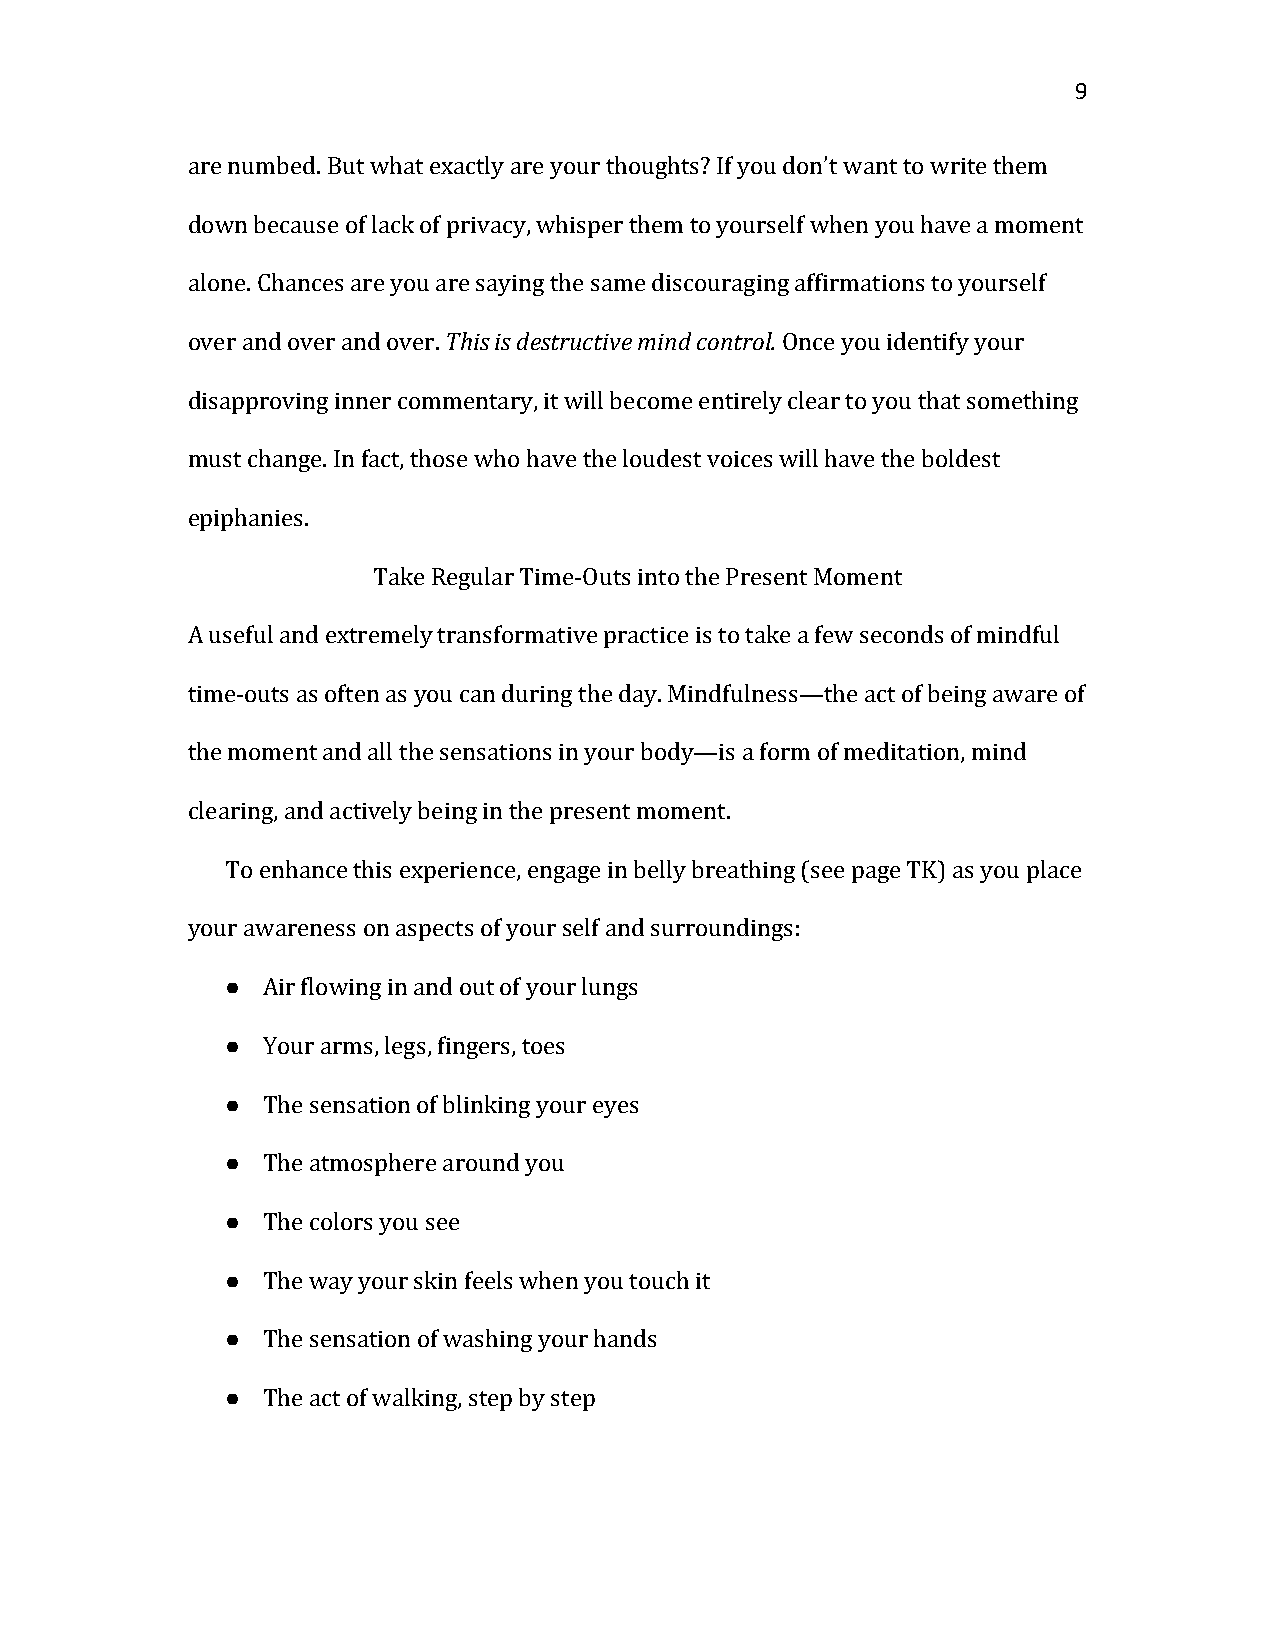
9
 are numbed. But what exactly are your thoughts? If you don’t want to write them
 down because of lack of privacy, whisper them to yourself when you have a moment
 alone. Chances are you aTreh issa iys idnegs tthruec staivme em dinisdc ocuonratrgoinl.g affirmations to yourself
 over and over and over.                 Once you identify your
 disapproving inner commentary, it will become entirely clear to you that something
 must change. In fact, those who have the loudest voices will have the boldest
 epiphanies.
 Take Regular Time-Outs into the Present Moment
 A useful and extremely transformative practice is to take a few seconds of mindful
 time-outs as often as you can during the day. Mindfulness—the act of being aware of
 the moment and all the sensations in your body—is a form of meditation, mind
 clearing, and actively being in the present moment.
 To enhance this experience, engage in belly breathing (see page TK) as you place
 you●r awareness on aspects of your self and surroundings:
 ● Air flowing in and out of your lungs
 ● Your arms, legs, fingers, toes
 ● The sensation of blinking your eyes
 ● The atmosphere around you
 ● The colors you see
 ● The way your skin feels when you touch it
 ● The sensation of washing your hands
 The act of walking, step by step